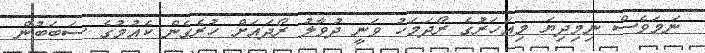
ނަމަވެސް ނިމިދިޔަ މިއަހަރުގެ ރޯދަމަހު ވަނީ ދުވާލު ރޯދައަށް ހުރެގެން ކެއުމުގެ ސަބަބުން